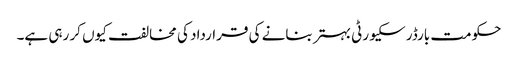
حکومت بارڈر سکیورٹی بہتر بنانے کی قرارداد کی مخالفت کیوں کر رہی ہے۔